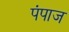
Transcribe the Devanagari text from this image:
पंपाज